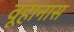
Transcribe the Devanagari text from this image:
वूहानास